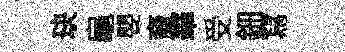
玦龜嬰裔華受鈿冩